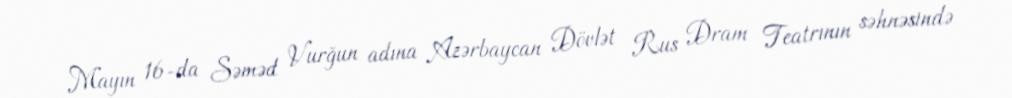
Mayın 16-da Səməd Vurğun adına Azərbaycan Dövlət Rus Dram Teatrının səhnəsində